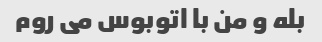
بله و من با اتوبوس می روم